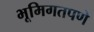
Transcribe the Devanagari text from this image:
भूमिगतपणे